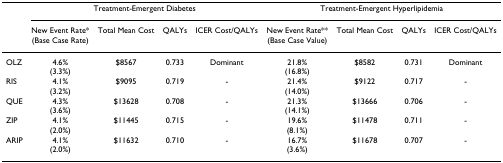
<table><thead><tr><td></td><td colspan="4"><b>Treatment-Emergent Diabetes</b></td><td colspan="4"><b>Treatment-Emergent Hyperlipidemia</b></td></tr><tr><td></td><td><b>New Event Rate*(Base Case Rate)</b></td><td><b>Total Mean Cost</b></td><td><b>QALYs</b></td><td><b>ICER Cost/QALYs</b></td><td><b>New Event Rate**(Base Case Value)</b></td><td><b>Total Mean Cost</b></td><td><b>QALYs</b></td><td><b>ICER Cost/QALYs</b></td></tr></thead><tbody><tr><td>OLZ</td><td>4.6%(3.3%)</td><td>$8567</td><td>0.733</td><td>Dominant</td><td>21.8%(16.8%)</td><td>$8582</td><td>0.731</td><td>Dominant</td></tr><tr><td>RIS</td><td>4.1%(3.2%)</td><td>$9095</td><td>0.719</td><td>-</td><td>21.4%(14.0%)</td><td>$9122</td><td>0.717</td><td>-</td></tr><tr><td>QUE</td><td>4.3%(3.6%)</td><td>$13628</td><td>0.708</td><td>-</td><td>21.3%(14.1%)</td><td>$13666</td><td>0.706</td><td>-</td></tr><tr><td>ZIP</td><td>4.1%(2.0%)</td><td>$11445</td><td>0.715</td><td>-</td><td>19.6%(8.1%)</td><td>$11478</td><td>0.711</td><td>-</td></tr><tr><td>ARIP</td><td>4.1%(2.0%)</td><td>$11632</td><td>0.710</td><td>-</td><td>16.7%(3.6%)</td><td>$11678</td><td>0.707</td><td>-</td></tr></tbody></table>